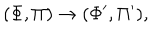
( \Phi , \Pi ) \rightarrow ( \Phi ^ { \prime } , \Pi ^ { \prime } ) ,